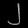
Digit: ၂